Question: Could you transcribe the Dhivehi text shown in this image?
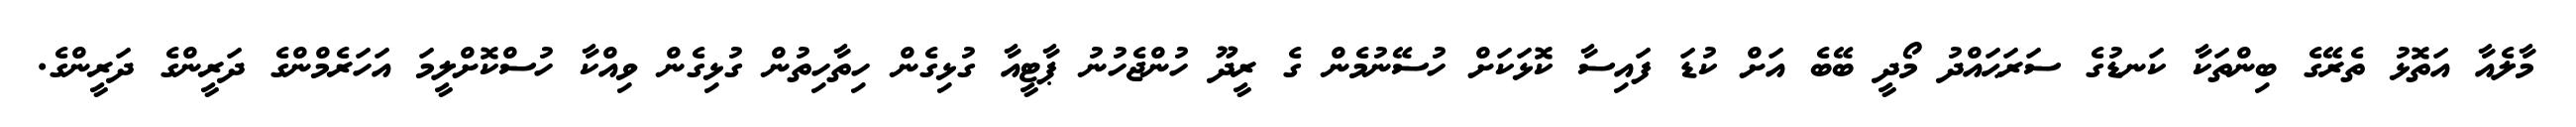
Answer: މާލެއާ އަތޮޅު ތެރޭގެ ބިންތަކާ ކަނޑުގެ ސަރަޙައްދު މޯދީ ބޭބެ އަށް ކުޑަ ފައިސާ ކޮޅަކަށް ހުސޭނުމެން ގެ ރީދޫ ހުންޖެހުނު ޕާޓީއާ ގުޅިގެން ހިތާހިތުން ގުޅިގެން ވިއްކާ ހުސްކޮށްލީމަ އަހަރެމްންގެ ދަރީންގެ ދަރީންގެ.